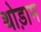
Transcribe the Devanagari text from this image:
थोड़ाम